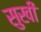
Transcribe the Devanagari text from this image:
सुखी